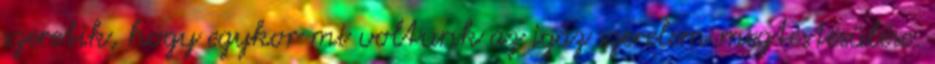
szeretik, hogy egykor mi voltunk az igaz szerelem megtestesülése.